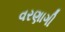
વરણાગી